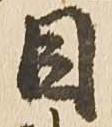
目